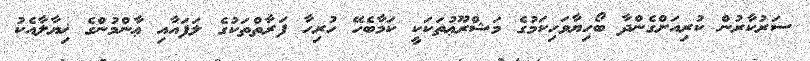
ސަރުކާރުން ކުރިއަށްގެންދާ ބޯހިޔާވަހިކަމުގެ މަޝްރޫޢުތަކަކީ ކަމާބެހޭ ހުރިހާ ފަރާތްތަކުގެ ލަފައާއި ޢާންމުންގެ ޚިޔާލާއެކު